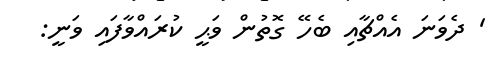
' ދެވަނަ އެއްޗާއި ބެހޭ ގޮތުން ވަޙީ ކުރައްވާފައި ވަނީ: